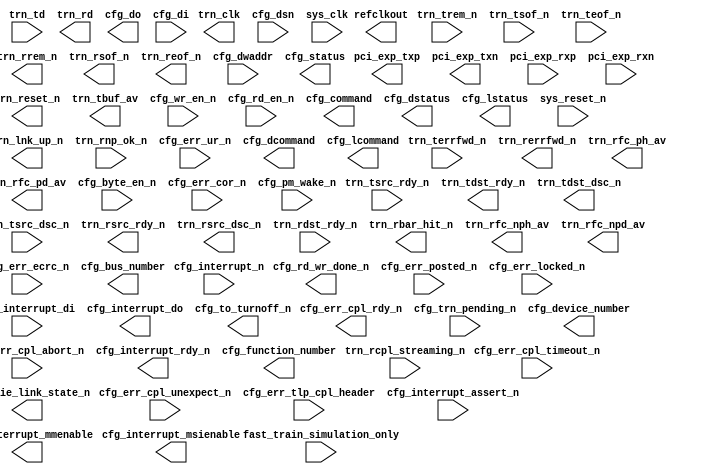



//-----------------------------------------------------------------------------
//
// (c) Copyright 2009-2010 Xilinx, Inc. All rights reserved.
//
// This file contains confidential and proprietary information
// of Xilinx, Inc. and is protected under U.S. and
// international copyright and other intellectual property
// laws.
//
// DISCLAIMER
// This disclaimer is not a license and does not grant any
// rights to the materials distributed herewith. Except as
// otherwise provided in a valid license issued to you by
// Xilinx, and to the maximum extent permitted by applicable
// law: (1) THESE MATERIALS ARE MADE AVAILABLE "AS IS" AND
// WITH ALL FAULTS, AND XILINX HEREBY DISCLAIMS ALL WARRANTIES
// AND CONDITIONS, EXPRESS, IMPLIED, OR STATUTORY, INCLUDING
// BUT NOT LIMITED TO WARRANTIES OF MERCHANTABILITY, NON-
// INFRINGEMENT, OR FITNESS FOR ANY PARTICULAR PURPOSE; and
// (2) Xilinx shall not be liable (whether in contract or tort,
// including negligence, or under any other theory of
// liability) for any loss or damage of any kind or nature
// related to, arising under or in connection with these
// materials, including for any direct, or any indirect,
// special, incidental, or consequential loss or damage
// (including loss of data, profits, goodwill, or any type of
// loss or damage suffered as a result of any action brought
// by a third party) even if such damage or loss was
// reasonably foreseeable or Xilinx had been advised of the
// possibility of the same.
//
// CRITICAL APPLICATIONS
// Xilinx products are not designed or intended to be fail-
// safe, or for use in any application requiring fail-safe
// performance, such as life-support or safety devices or
// systems, Class III medical devices, nuclear facilities,
// applications related to the deployment of airbags, or any
// other applications that could lead to death, personal
// injury, or severe property or environmental damage
// (individually and collectively, "Critical
// Applications"). Customer assumes the sole risk and
// liability of any use of Xilinx products in Critical
// Applications, subject only to applicable laws and
// regulations governing limitations on product liability.
//
// THIS COPYRIGHT NOTICE AND DISCLAIMER MUST BE RETAINED AS
// PART OF THIS FILE AT ALL TIMES.
//
//-----------------------------------------------------------------------------
// Project    : V5-Block Plus for PCI Express

module   endpoint_blk_plus_v1_14 (

            // PCI Express Fabric Interface
            //------------------------------

            pci_exp_txp,
            pci_exp_txn,
            pci_exp_rxp,
            pci_exp_rxn,

            // Transaction (TRN) Interface
            //----------------------------

            trn_clk,
            trn_reset_n,
            trn_lnk_up_n,

            // Tx
            trn_td,
            trn_trem_n,
            trn_tsof_n,
            trn_teof_n,
            trn_tsrc_rdy_n,
            trn_tdst_rdy_n,
            trn_tdst_dsc_n,
            trn_tsrc_dsc_n,
            trn_terrfwd_n,
            trn_tbuf_av,

            // Rx
            trn_rd,
            trn_rrem_n,
            trn_rsof_n,
            trn_reof_n,
            trn_rsrc_rdy_n,
            trn_rsrc_dsc_n,
            trn_rdst_rdy_n,
            trn_rerrfwd_n,
            trn_rnp_ok_n,
            trn_rbar_hit_n,
            trn_rfc_nph_av,
            trn_rfc_npd_av,
            trn_rfc_ph_av,
            trn_rfc_pd_av,
            trn_rcpl_streaming_n,

            // Host (CFG) Interface
            //---------------------

            cfg_do,
            cfg_rd_wr_done_n,
            cfg_di,
            cfg_byte_en_n,
            cfg_dwaddr,
            cfg_wr_en_n,
            cfg_rd_en_n,

            cfg_err_ur_n,
            cfg_err_cpl_rdy_n,
            cfg_err_cor_n,
            cfg_err_ecrc_n,
            cfg_err_cpl_timeout_n,
            cfg_err_cpl_abort_n,
            cfg_err_cpl_unexpect_n,
            cfg_err_posted_n,
            cfg_err_tlp_cpl_header,
            cfg_err_locked_n,
            cfg_interrupt_n,
            cfg_interrupt_rdy_n,

            cfg_interrupt_assert_n,
            cfg_interrupt_di,
            cfg_interrupt_do,
            cfg_interrupt_mmenable,
            cfg_interrupt_msienable,

            cfg_to_turnoff_n,
            cfg_pm_wake_n,
            cfg_pcie_link_state_n,
            cfg_trn_pending_n,
            cfg_dsn,

            cfg_bus_number,
            cfg_device_number,
            cfg_function_number,
            cfg_status,
            cfg_command,
            cfg_dstatus,
            cfg_dcommand,
            cfg_lstatus,
            cfg_lcommand,    

            //cfg_cfg,
            fast_train_simulation_only,

            // System (SYS) Interface
            //-----------------------
            sys_clk,
            sys_reset_n,
            refclkout

            ); //synthesis syn_black_box

    //-------------------------------------------------------
    // 1. PCI-Express (PCI_EXP) Interface
    //-------------------------------------------------------

    // Tx
    output  [(8 - 1):0]          pci_exp_txp;
    output  [(8 - 1):0]          pci_exp_txn;

    // Rx
    input   [(8 - 1):0]          pci_exp_rxp;
    input   [(8 - 1):0]          pci_exp_rxn;

    //-------------------------------------------------------
    // 2. Transaction (TRN) Interface
    //-------------------------------------------------------

    // Common
    output                                         trn_clk;
    output                                         trn_reset_n;
    output                                         trn_lnk_up_n;

    // Tx
    input   [(64 - 1):0]      trn_td;
    input   [(8 - 1):0]       trn_trem_n;
    input                                          trn_tsof_n;
    input                                          trn_teof_n;
    input                                          trn_tsrc_rdy_n;
    output                                         trn_tdst_rdy_n;
    output                                         trn_tdst_dsc_n;
    input                                          trn_tsrc_dsc_n;
    input                                          trn_terrfwd_n;
    output  [(4 - 1):0]    trn_tbuf_av;
    
    // Rx
    output  [(64 - 1):0]      trn_rd;
    output  [(8 - 1):0]       trn_rrem_n;
    output                                         trn_rsof_n;
    output                                         trn_reof_n;
    output                                         trn_rsrc_rdy_n;
    output                                         trn_rsrc_dsc_n;
    input                                          trn_rdst_rdy_n;
    output                                         trn_rerrfwd_n;
    input                                          trn_rnp_ok_n;
    output  [(7 - 1):0]   trn_rbar_hit_n;
    output  [(8 - 1):0]    trn_rfc_nph_av;
    output  [(12 - 1):0]   trn_rfc_npd_av;
    output  [(8 - 1):0]    trn_rfc_ph_av;
    output  [(12 - 1):0]   trn_rfc_pd_av;
    input                                          trn_rcpl_streaming_n;

    //-------------------------------------------------------
    // 3. Host (CFG) Interface
    //-------------------------------------------------------

    output  [(32 - 1):0]      cfg_do;
    output                                         cfg_rd_wr_done_n;
    input   [(32 - 1):0]      cfg_di;
    input   [(32/8 - 1):0]    cfg_byte_en_n;
    input   [(10 - 1):0]      cfg_dwaddr;
    input                                          cfg_wr_en_n;
    input                                          cfg_rd_en_n;

    input                                          cfg_err_ur_n;
    output                                         cfg_err_cpl_rdy_n;
    input                                          cfg_err_cor_n;
    input                                          cfg_err_ecrc_n;
    input                                          cfg_err_cpl_timeout_n;
    input                                          cfg_err_cpl_abort_n;
    input                                          cfg_err_cpl_unexpect_n;
    input                                          cfg_err_posted_n;
    input                                          cfg_err_locked_n;
    input   [(48 - 1):0]    cfg_err_tlp_cpl_header;
    input                                          cfg_interrupt_n;
    output                                         cfg_interrupt_rdy_n;

    input                                          cfg_interrupt_assert_n;
    input   [7:0]                                  cfg_interrupt_di;
    output  [7:0]                                  cfg_interrupt_do;
    output  [2:0]                                  cfg_interrupt_mmenable;
    output                                         cfg_interrupt_msienable;

    output                                         cfg_to_turnoff_n;
    input                                          cfg_pm_wake_n;
    output  [(3 - 1):0]     cfg_pcie_link_state_n;
    input                                          cfg_trn_pending_n;
    input   [(64 - 1):0]       cfg_dsn;
    output  [(8 - 1):0]    cfg_bus_number;
    output  [(5 - 1):0]    cfg_device_number;
    output  [(3 - 1):0]    cfg_function_number;
    output  [(16 - 1):0]       cfg_status;
    output  [(16 - 1):0]       cfg_command;
    output  [(16 - 1):0]       cfg_dstatus;
    output  [(16 - 1):0]       cfg_dcommand;
    output  [(16 - 1):0]       cfg_lstatus;
    output  [(16 - 1):0]       cfg_lcommand;

    //input   [(1024 - 1):0]       cfg_cfg;
    input                                          fast_train_simulation_only; 

    //-------------------------------------------------------
    // 4. System (SYS) Interface
    //-------------------------------------------------------

    input                                          sys_clk;
    input                                          sys_reset_n;
    output                                         refclkout;

endmodule // endpoint_blk_plus_v1_14